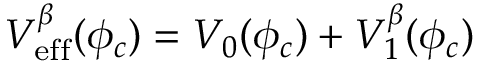
V _ { \mathrm { e f f } } ^ { \beta } ( \phi _ { c } ) = V _ { 0 } ( \phi _ { c } ) + V _ { 1 } ^ { \beta } ( \phi _ { c } )